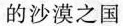
的沙漠之国